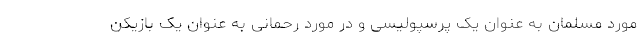
مورد مسلمان به عنوان یک پرسپولیسی و در مورد رحمانی به عنوان یک بازیکن